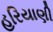
હરિયાણી